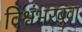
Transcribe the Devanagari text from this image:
विश्वंभरबुवा